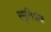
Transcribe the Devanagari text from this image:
स्मृतिअंक